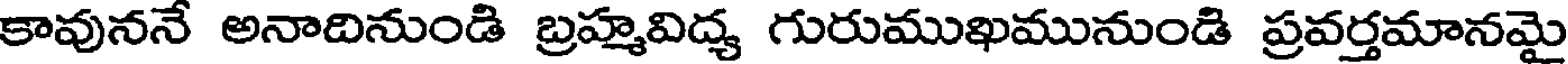
కావుననే అనాదినుండి బ్రహ్మవిద్య గురుముఖమునుండి ప్రవర్తమానమై